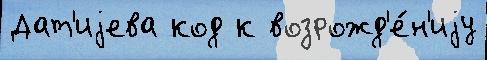
Дат'иjева код к возрожд'е́н'иjу